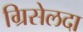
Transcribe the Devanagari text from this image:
ग्रिसेलदा